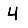
Digit: 4